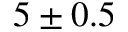
5 \pm 0 . 5